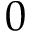
0